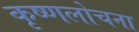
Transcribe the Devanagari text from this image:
कृष्णलोचना